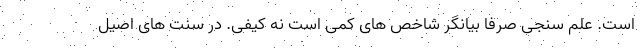
است. علم سنجی صرفاً بیانگر شاخص های کمّی است نه کیفی. در سنت های اصیل